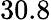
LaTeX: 30.8